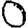
Digit: 0